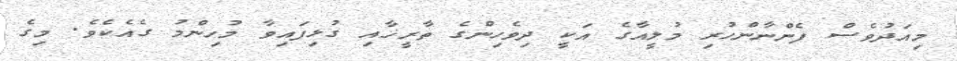
މިއަދުވެސް ފެންނާންހުރި މުލީއާގެ އަކީ ދިވެހިންގެ ތާރީޚާއި ގުޅިފައިވާ މުހިންމު ގެއެކެވެ. މިގެ